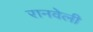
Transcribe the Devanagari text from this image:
रानवेली